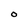
Character: O